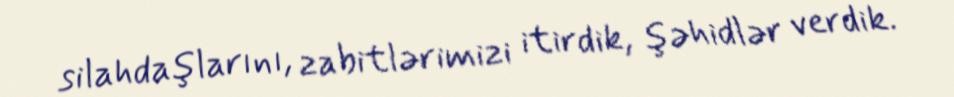
silahdaşlarını, zabitlərimizi itirdik, şəhidlər verdik.